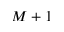
M + 1